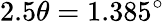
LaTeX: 2.5\theta=1.385^{\circ}